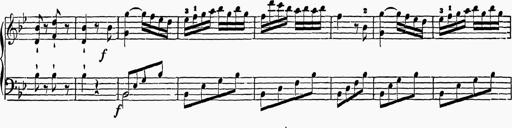
Title: 6 Sonatas
Composer: Muzio Clementi